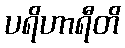
ပရိဟာရီတိ